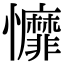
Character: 戂